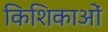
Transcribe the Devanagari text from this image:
किशिकाओं